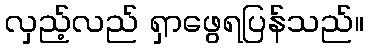
လှည့်လည် ရှာဖွေရပြန်သည်။